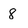
Character: 8